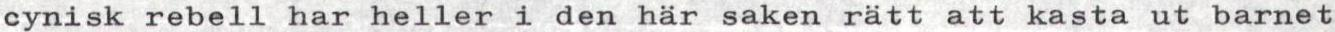
cynisk rebell har heller i den här saken rätt att kasta ut barnet